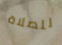
للصلاة